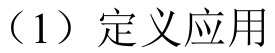
（1）定义应用